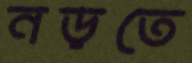
নড়তে